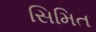
સિમિત